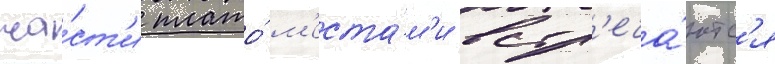
ча́ст'и плато́ м'еста́м'и встр'еча́ютс'я